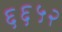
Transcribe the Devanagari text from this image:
६६५२